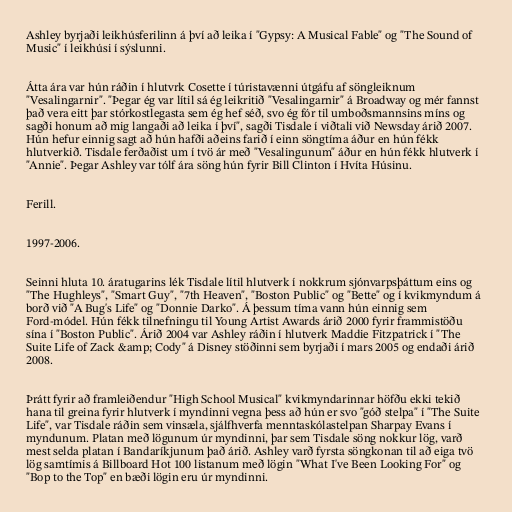
Ashley byrjaði leikhúsferilinn á því að leika í "Gypsy: A Musical Fable" og "The Sound of
Music" í leikhúsi í sýslunni.

Átta ára var hún ráðin í hlutvrk Cosette í túristavænni útgáfu af söngleiknum
"Vesalingarnir". "Þegar ég var lítil sá ég leikritið "Vesalingarnir" á Broadway og mér fannst
það vera eitt þar stórkostlegasta sem ég hef séð, svo ég fór til umboðsmannsins míns og
sagði honum að mig langaði að leika í því", sagði Tisdale í viðtali við Newsday árið 2007.
Hún hefur einnig sagt að hún hafði aðeins farið í einn söngtíma áður en hún fékk
hlutverkið. Tisdale ferðaðist um í tvö ár með "Vesalingunum" áður en hún fékk hlutverk í
"Annie". Þegar Ashley var tólf ára söng hún fyrir Bill Clinton í Hvíta Húsinu.

Ferill.

1997-2006.

Seinni hluta 10. áratugarins lék Tisdale lítil hlutverk í nokkrum sjónvarpsþáttum eins og
"The Hughleys", "Smart Guy", "7th Heaven", "Boston Public" og "Bette" og í kvikmyndum á
borð við "A Bug's Life" og "Donnie Darko". Á þessum tíma vann hún einnig sem
Ford-módel. Hún fékk tilnefningu til Young Artist Awards árið 2000 fyrir frammistöðu
sína í "Boston Public". Árið 2004 var Ashley ráðin í hlutverk Maddie Fitzpatrick í "The
Suite Life of Zack &amp; Cody" á Disney stöðinni sem byrjaði í mars 2005 og endaði árið
2008.

Þrátt fyrir að framleiðendur "High School Musical" kvikmyndarinnar höfðu ekki tekið
hana til greina fyrir hlutverk í myndinni vegna þess að hún er svo "góð stelpa" í "The Suite
Life", var Tisdale ráðin sem vinsæla, sjálfhverfa menntaskólastelpan Sharpay Evans í
myndunum. Platan með lögunum úr myndinni, þar sem Tisdale söng nokkur lög, varð
mest selda platan í Bandaríkjunum það árið. Ashley varð fyrsta söngkonan til að eiga tvö
lög samtímis á Billboard Hot 100 listanum með lögin "What I've Been Looking For" og
"Bop to the Top" en bæði lögin eru úr myndinni.